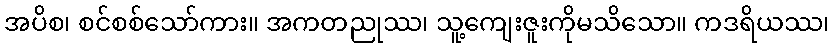
အပိစ၊ စင်စစ်သော်ကား။ အကတညုဿ၊ သူ့ကျေးဇူးကိုမသိသော။ ကဒရိယဿ၊